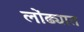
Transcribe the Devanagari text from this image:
लोंढ्यात